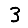
Digit: 3